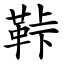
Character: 鞐